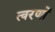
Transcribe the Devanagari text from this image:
त्वरणों